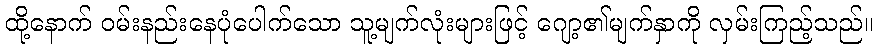
ထို့နောက် ဝမ်းနည်းနေပုံပေါက်သော သူ့မျက်လုံးများဖြင့် ဂျော့၏မျက်နှာကို လှမ်းကြည့်သည်။